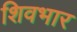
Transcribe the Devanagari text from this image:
शिवभार